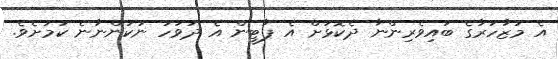
އެ މުޒާހަރާގެ ބައިވެރިންނާ ދެކޮޅަށް އެ ޕާޓީން އެ ދުވަހު ނުކުންނާނެ ކަމަށެވެ.